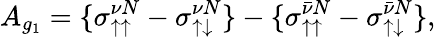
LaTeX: A_{g_{1}}={\{ \sigma_{\uparrow\uparrow}^{\nu N}-\sigma_{\uparrow\downarrow}^{\nu N}\} -\{ \sigma_{\uparrow\uparrow}^{\bar{\nu}N}-\sigma_{\uparrow\downarrow}^{\bar{\nu}N}\} },